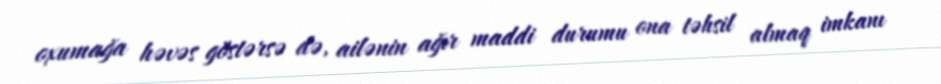
oxumağa həvəs göstərsə də, ailənin ağır maddi durumu ona təhsil almaq imkanı